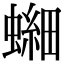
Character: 𫋘